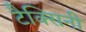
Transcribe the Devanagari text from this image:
टैक्सिनी